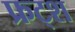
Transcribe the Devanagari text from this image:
फ्रट्श